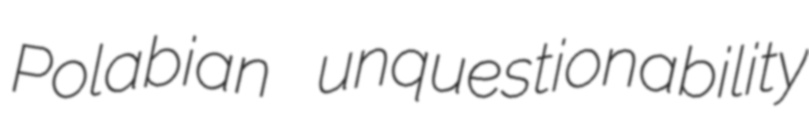
Polabian unquestionability